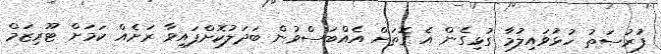
ފުރުސަތު ހުޅުވައިލުމާ ގުޅިގެން އެ ގޮތަށް އެއްބަސްވުން ބަދަލުކޮށްފައިވާ ރަށެއް ކަމަށް ޓޫރިޒަމް